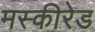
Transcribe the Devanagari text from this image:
मस्कीरेड